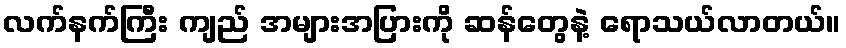
လက်နက်ကြီး ကျည် အများအပြားကို ဆန်တွေနဲ့ ရောသယ်လာတယ်။